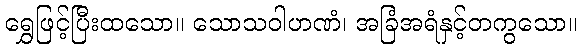
ရွှေဖြင့်ပြီးထသော။ သောသဝါဟဏံ၊ အခြံအရံနှင့်တကွသော။